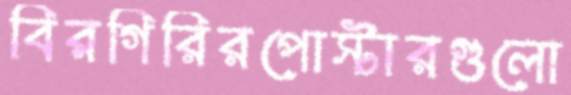
বিরগিরিরপোস্টারগুলো